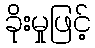
ခိုးမှုဖြင့်